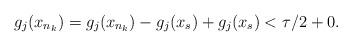
LaTeX: \begin{align*}g_{j}(x_{n_{k}})=g_{j}(x_{n_{k}})-g_{j}(x_{s})+g_{j}(x_{s})<\tau/2+0.\end{align*}